Riigikantselei, lk 10
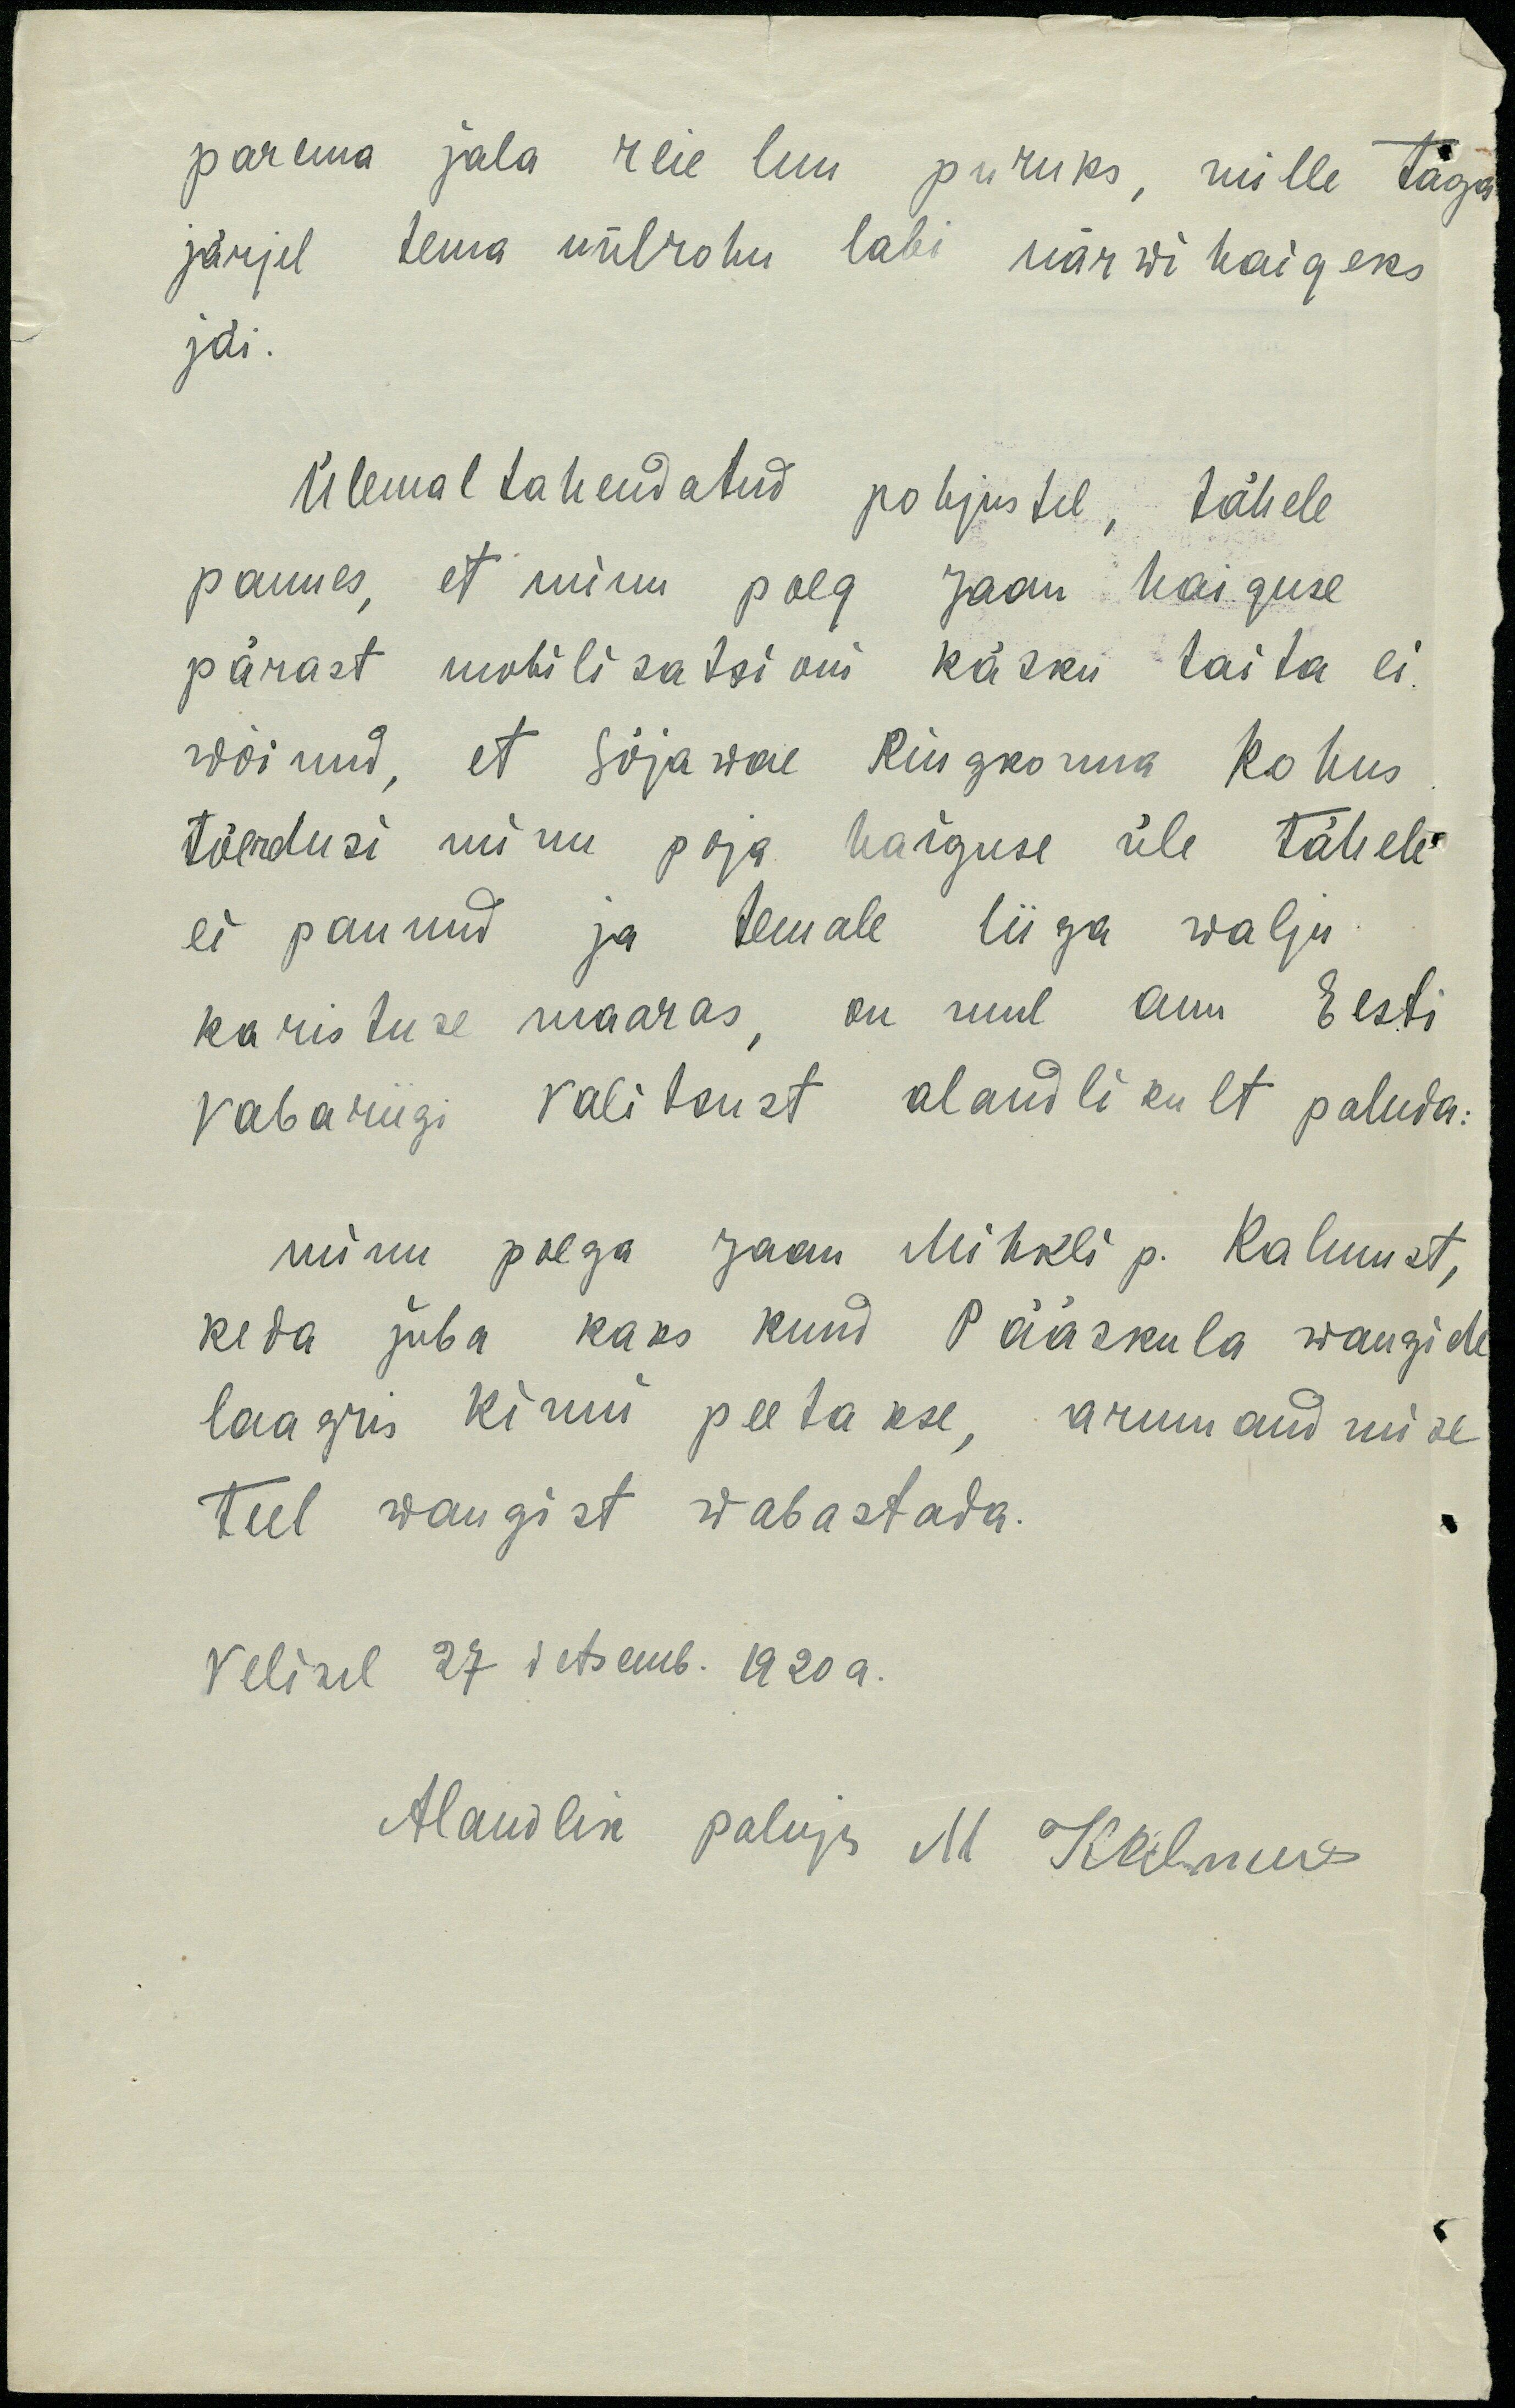
parema jala reie luu puruks, mille taga
järjel tema nülrohu labi närwi haigeks
jäi.
Ülemal tahendatud pohjustel, tähele
pannes, et minu poeg Jaan haiguse
pärast mobilisatsioni käsku täita ei
wõinud, et sõjawae Ringkonna kohus
tõendusi minu poja haiguse üle tähele
ei pannud ja temale liiga walju
karistuse maaras, on mul auu Eesti
vabariigi valitsust alandlikult paluda:
minu poega Jaan Mihkli p. Kalmust,
keda juba kaks kuud Pääskula wangide
laagris kinni peetakse, armuandmise
teel wangist wabastada.
Velisel 27 detsemb. 1920 a.
Alandlik paluja M Kalmus